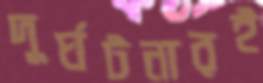
দুর্ঘটনারই